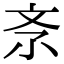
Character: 𣁃